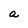
Character: a